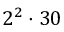
2 ^ { 2 } \cdot 3 0